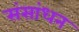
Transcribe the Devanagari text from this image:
संसांधन